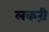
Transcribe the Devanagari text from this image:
लकऱी